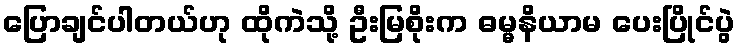
ပြောချင်ပါတယ်ဟု ထိုကဲသို့ ဦးမြစိုးက ဓမ္မနိယာမ ပေးပြိုင်ပွဲ